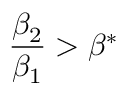
\frac { \beta _ { 2 } } { \beta _ { 1 } } > \beta ^ { * }